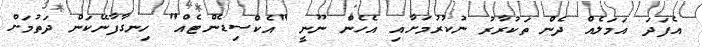
އެފަދަ އަމަލެއް ދެން ތަކުރާރު ނުކުރުމަށާއި އެހެން ނޫނީ "އެކްސިޑެންޓެއް" ހިނގާފާނޭކަން ދަތުމަށް